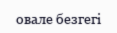
овале безгегі